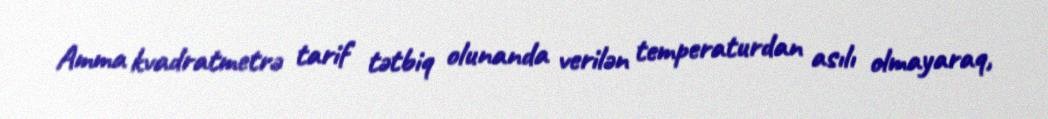
Amma kvadratmetrə tarif tətbiq olunanda verilən temperaturdan asılı olmayaraq,